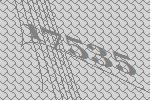
17535